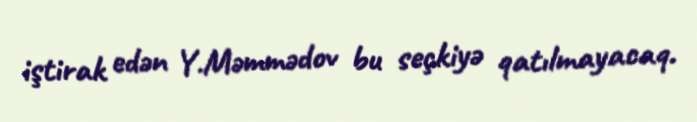
iştirak edən Y.Məmmədov bu seçkiyə qatılmayacaq.